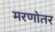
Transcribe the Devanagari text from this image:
मरणोतर